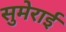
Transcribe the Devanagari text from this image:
सुमेराई